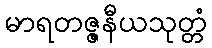
မာရတဇ္ဇနီယသုတ္တံ